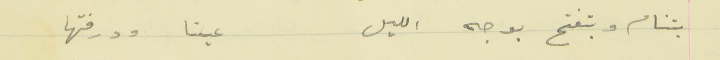
بتنام وبتفتح بوجه الليل                                          عينا ودرفتها